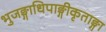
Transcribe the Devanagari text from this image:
भुजङ्गाधिपाङ्गीकृताङ्गा